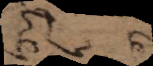
utile à